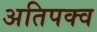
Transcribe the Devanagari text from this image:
अतिपक्व